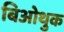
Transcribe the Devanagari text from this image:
बिओथुक